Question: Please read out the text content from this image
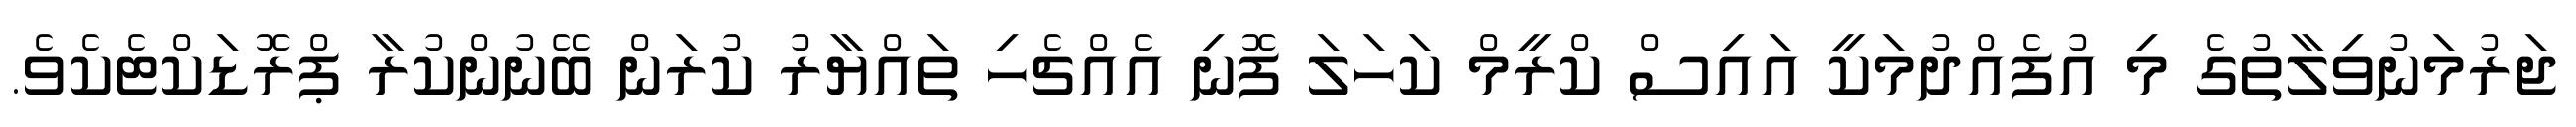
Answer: ޖަރުމަނުވިލާތުގެ މި އުފެއްދުމަކީ އައިސް ކްރީމް ކަހަލަ ފޮނި އެއްޗެހި ތައްޔާރު ކުރަން ބޭނުންކުރާ ޕްރޮޑަކްޓެކެވެ.